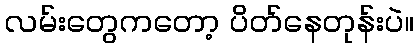
လမ်းတွေကတော့ ပိတ်နေတုန်းပဲ။